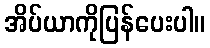
အိပ်ယာကိုပြန်ပေးပါ။